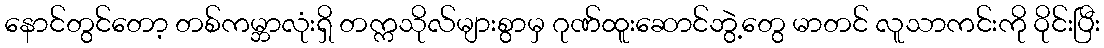
နောင်တွင်တော့ တစ်ကမ္ဘာလုံးရှိ တက္ကသိုလ်များစွာမှ ဂုဏ်ထူးဆောင်ဘွဲ့တွေ မာတင် လူသာကင်းကို ဝိုင်းပြီး